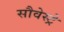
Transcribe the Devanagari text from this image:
सौवेस्ट्रे